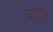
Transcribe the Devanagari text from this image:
पांघरू